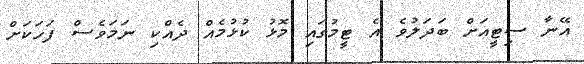
އޭނާ ސިޓީއަށް ބަދަލުވެ އެ ޓީމުގައި މޮޅު ކުޅުމެއް ދެއްކި ނަމަވެސް ފަހަކަށް